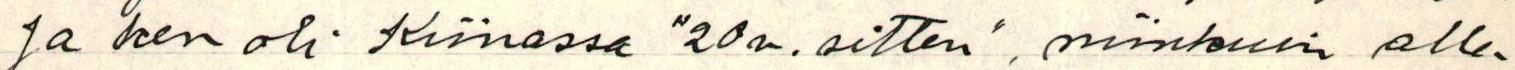
Ja ken oli Kiinassa "20v. sitten", niinkuin alle-